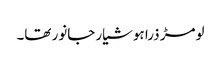
لومڑ ذرا ہوشیار جانور تھا۔